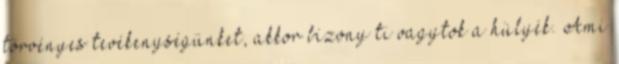
törvényes tevékenységünket, akkor bizony ti vagytok a hülyék. Ami